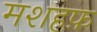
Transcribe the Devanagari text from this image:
मशहफ़